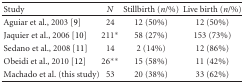
<table><thead><tr><td><b>Study</b></td><td><b><i>N</i></b></td><td><b>Stillbirth (<i>n</i>/%)</b></td><td><b>Live birth (<i>n</i>/%)</b></td></tr></thead><tbody><tr><td>Aguiar et al., 2003 [9]</td><td>24</td><td>12 (50%)</td><td>12 (50%)</td></tr><tr><td>Jaquier et al., 2006 [10]</td><td>211*</td><td>58 (27%)</td><td>153 (73%)</td></tr><tr><td>Sedano et al., 2008 [11]</td><td>14</td><td>2 (14%)</td><td>12 (86%)</td></tr><tr><td>Obeidi et al., 2010 [12]</td><td>26**</td><td>15 (58%)</td><td>11 (42%)</td></tr><tr><td>Machado et al. (this study)</td><td>53</td><td>20 (38%)</td><td>33 (62%)</td></tr></tbody></table>